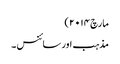
مارچ ۲۰۱۴)
مذہب اور سائنس ۔